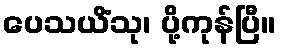
ပေသယိံသု၊ ပို့ကုန်ပြီ။